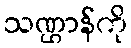
သဏ္ဌာန်ကို